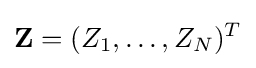
\mathbf {Z} =(Z_{1},\ldots ,Z_{N})^{T}